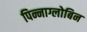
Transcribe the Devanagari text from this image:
पिन्नाग्लोबिन